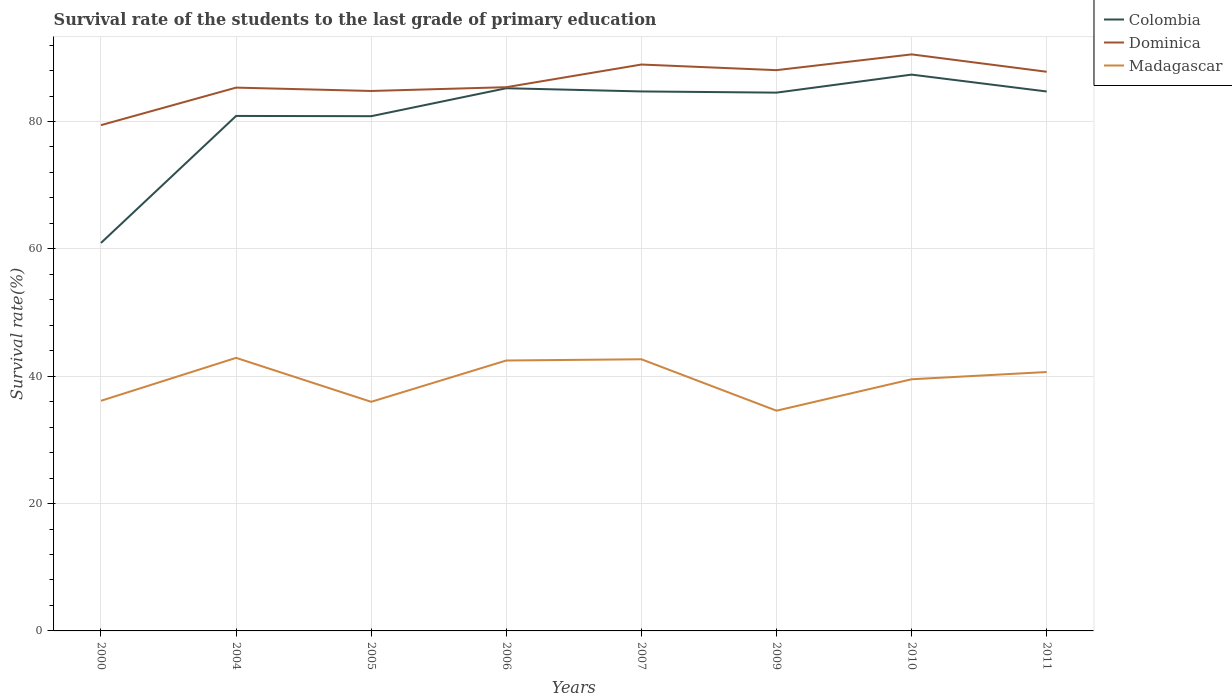
| Years | Colombia | Dominica | Madagascar |
 | --- | --- | --- | --- |
 | 2000 | 60.9 | 79.4 | 36.1 |
 | 2004 | 80.9 | 85.3 | 42.9 |
 | 2005 | 80.8 | 84.8 | 36 |
 | 2006 | 85.2 | 85.4 | 42.5 |
 | 2007 | 84.7 | 88.9 | 42.7 |
 | 2009 | 84.5 | 88.1 | 34.6 |
 | 2010 | 87.4 | 90.5 | 39.5 |
 | 2011 | 84.7 | 87.8 | 40.7 |